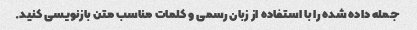
جمله داده شده را با استفاده از زبان رسمی و کلمات مناسب متن بازنویسی کنید.